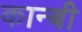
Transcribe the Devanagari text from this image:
कान्बी